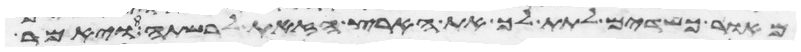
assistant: מאור כשדים לתת לך את הארץ הזאת לרשתה ויאמר